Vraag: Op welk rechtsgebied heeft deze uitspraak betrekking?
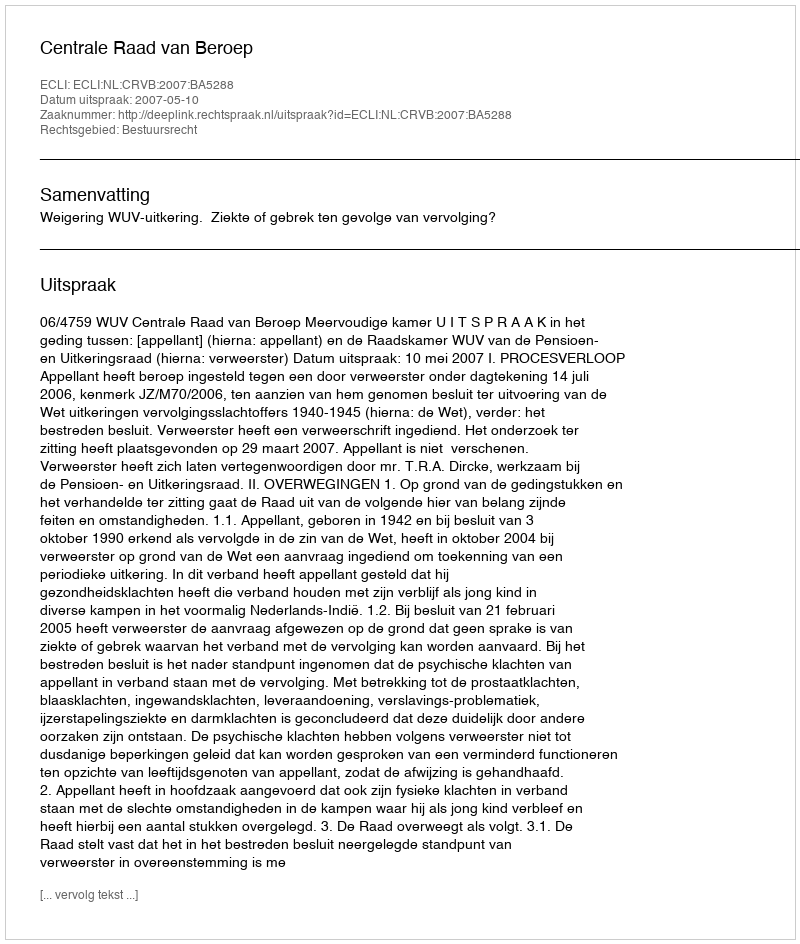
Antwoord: Bestuursrecht